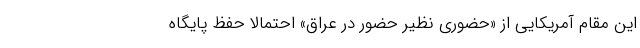
این مقام آمریکایی از «حضوری نظیر حضور در عراق» احتمالا حفظ پایگاه